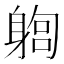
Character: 𨉫